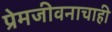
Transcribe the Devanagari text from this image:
प्रेमजीवनाचाही